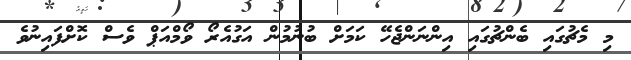
މި މެޗުގައި ބެންޗުގައި އިންނަންޖެހޭ ކަމަށް ބުނުމުން އަގުއެރޯ ވޯމްއަޕް ވެސް ކޮށްފައިނުވެ